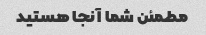
مطمئن شما آنجا هستید